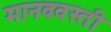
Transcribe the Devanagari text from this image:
मानववस्ती